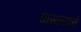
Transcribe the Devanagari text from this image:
घासल्याने